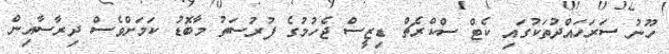
ހޫނު ސަރަހައްދުތަކުގައި ކެޓް ސްކްރެޗް ޑިޒީސް ޖެހުމުގެ ފުރުސަތު މާބޮޑު ކަމަށްވެސް ދިރާސާއިން